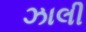
ઝાલી